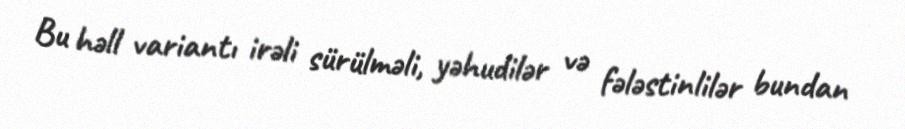
Bu həll variantı irəli sürülməli, yəhudilər və fələstinlilər bundan